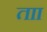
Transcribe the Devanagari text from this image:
ताा